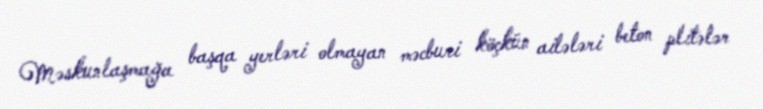
Məskunlaşmağa başqa yerləri olmayan məcburi köçkün ailələri beton plitələr